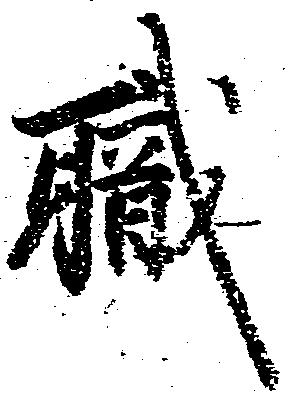
職